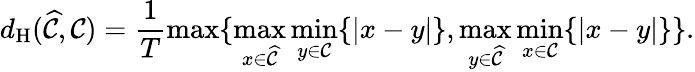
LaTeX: d_{\mathrm{H}}(\widehat{\mathcal{C}},\mathcal{C})=\frac{1}{T}\operatorname*{max}\{ \operatorname*{max}_{x\in{\widehat{\mathcal{C}}}}\operatorname*{min}_{y\in{\mathcal{C}}}\{ \vert x-y\vert\} ,\operatorname*{max}_{y\in{\widehat{\mathcal{C}}}}\operatorname*{min}_{x\in{\mathcal{C}}}\{ \vert x-y\vert\} \} .